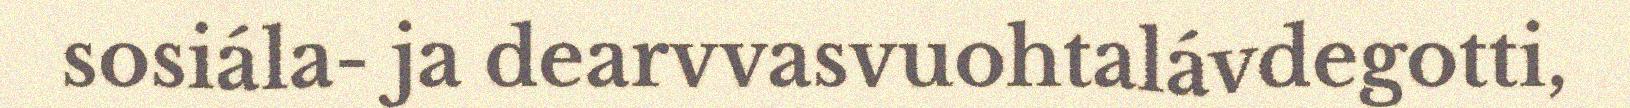
sosiála- ja dearvvasvuohtalávdegotti,